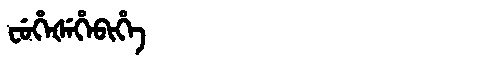
Manchu: ᠸᡠᡥᡝᡧᡝᡥᡝᠪᡳᡥᡝ
Romanization: FUHEŠEHEBIHE